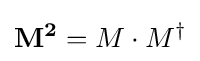
\mathbf {M^{2}} =M\cdot M^{\dagger }